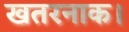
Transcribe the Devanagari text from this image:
खतरनाक।